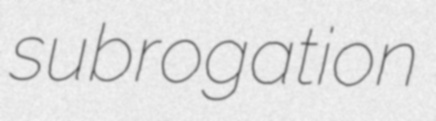
subrogation